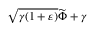
\sqrt { \gamma ( 1 + \varepsilon ) } \ensuremath { \widetilde { \Phi } } + \gamma